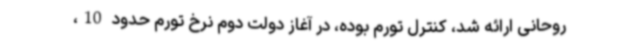
روحانی ارائه شد، کنترل تورم بوده، در آغاز دولت دوم نرخ تورم حدود 10،